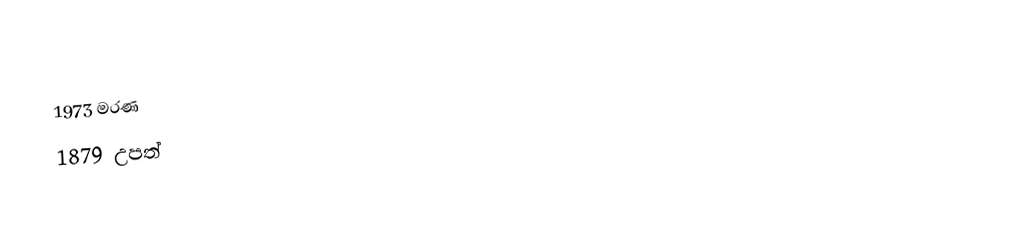
1973 මරණ
1879 උපත්